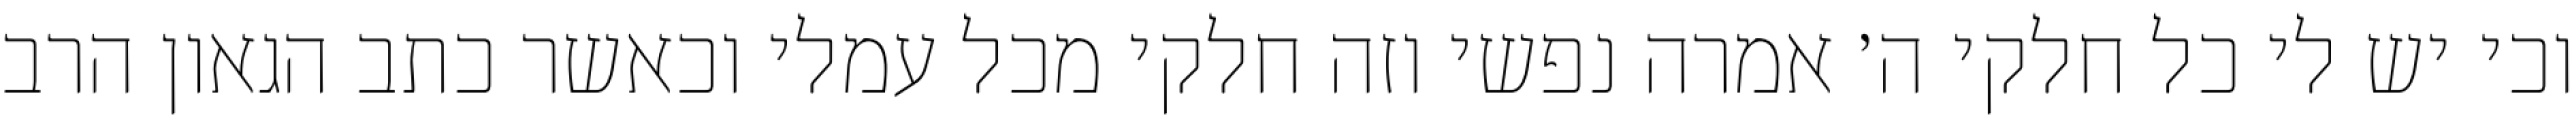
וכי יש לי כל חלקי ה׳ אמרה נפשי וזה חלקי מכל עמלי וכאשר כתב הגאון הרב